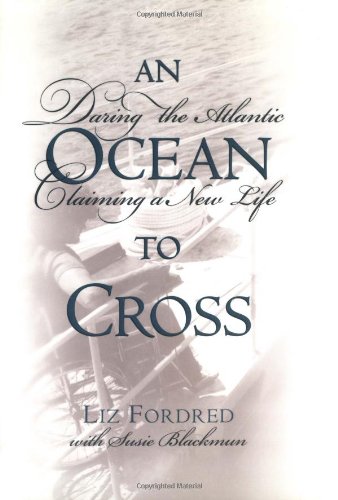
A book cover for An Ocean to Cross: Daring the Atlantic, Claiming a New Life; Liz Fordred; Travel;